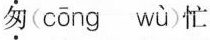
匆( cōng wù )忙